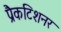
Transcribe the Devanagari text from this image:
प्रैकटिशनर